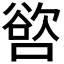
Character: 𭊖